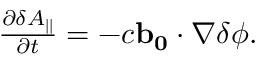
\begin{array} { r } { \frac { \partial \delta A _ { | | } } { \partial t } = - c \mathbf { b _ { 0 } } \cdot \nabla \delta \phi . } \end{array}